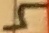
Text: 5